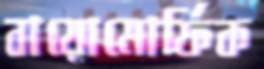
বায়োমোর্ফিক